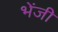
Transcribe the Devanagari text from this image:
भेंजी